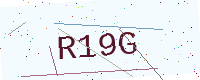
Text: R19G